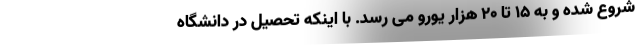
شروع شده و به 15 تا 20 هزار یورو می رسد. با اینکه تحصیل در دانشگاه